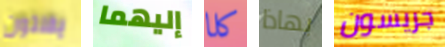
يفلتون إليهما كلا بهاذا جريسون